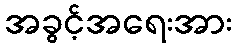
အခွင့်အရေးအား